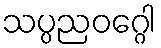
သပ္ပညဝဂ္ဂေါ